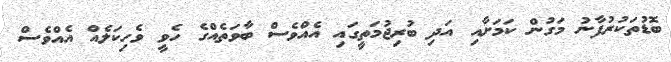
ބޮޑުތަކުރުފާނު މަގުން ކަމަށާއި އަދި ބުރިޖުމަތީގައި އެއްވެސް ބާވަތެއްގެ ހެވީ ވެހިކަލެއް އެއްވެސް